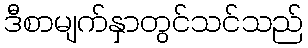
ဒီစာမျက်နှာတွင်သင်သည်